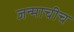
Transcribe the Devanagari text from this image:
जन्माचीच